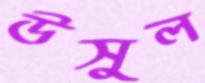
উসুল